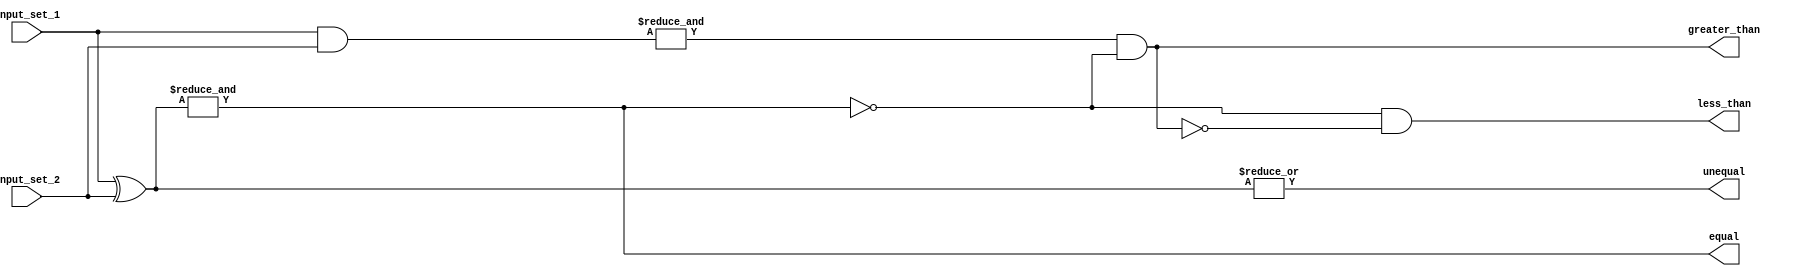
module parallel_comparator (
    input [7:0] input_set_1,
    input [7:0] input_set_2,
    output equal,
    output unequal,
    output greater_than,
    output less_than
);

wire [7:0] xor_results;
wire [7:0] and_results;

assign xor_results = input_set_1 ^ input_set_2;
assign and_results = input_set_1 & input_set_2;

assign equal = &xor_results;
assign unequal = |xor_results;
assign greater_than = (&and_results) && (!equal);
assign less_than = (!equal) && (!greater_than);

endmodule